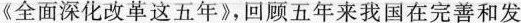
《全面深化改革这五年》，回顾五年来我国在完善和发